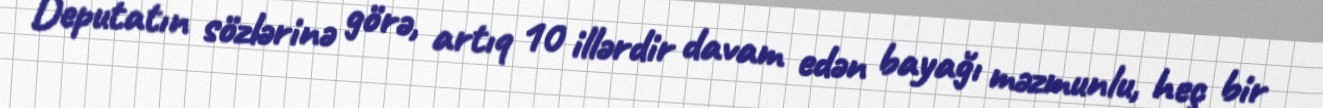
Deputatın sözlərinə görə, artıq 10 illərdir davam edən bayağı məzmunlu, heç bir